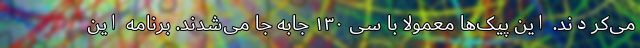
می‌کردند. این پیک‌ها معمولا با سی ۱۳۰ جابه جا می‌شدند. برنامه این